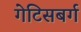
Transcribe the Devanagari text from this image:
गेटिसबर्ग